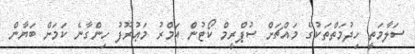
ސަލާމަތީ ހިދުމަތްތަކުގެ މައްޗަށް ސުޕްރީމް ކޯޓުން އަމްރު މަޢުރޫފު ހިންގާނެ ކަމަށް ބަޔާން